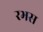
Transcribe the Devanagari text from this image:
रभस